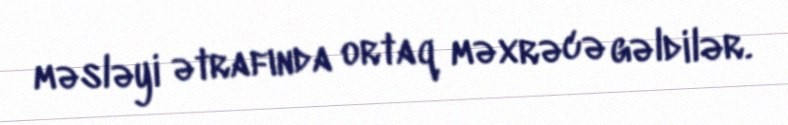
məsləyi ətrafında ortaq məxrəcə gəldilər.